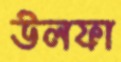
উলফা